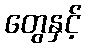
တွေနှင့်